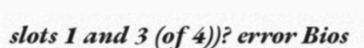
slots 1 and 3 (of 4))? error Bios